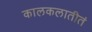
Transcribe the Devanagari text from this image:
कालकलातीतं